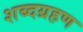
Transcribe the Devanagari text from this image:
शब्दग्रहण